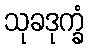
သုခဒုက္ခံ